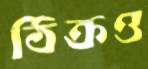
ঠিক্‌রও